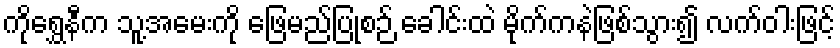
ကိုရွှေနီက သူ့အမေးကို ဖြေမည်ပြုစဉ် ခေါင်းထဲ မိုက်ကနဲဖြစ်သွား၍ လက်ဝါးဖြင့်